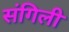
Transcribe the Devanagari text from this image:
संगिली